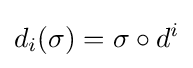
d_{i}(\sigma )=\sigma \circ d^{i}